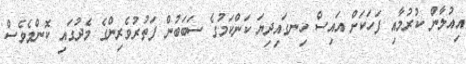
އިއުލާން ކުރުމާއި ފަހަކަށް އައިސް ހިނގައިދިޔަ ކަންކަމުގެ ސަބަބުން ފަތުރުވެރިންގެ މެދުގައި ކޮންމެވެސް